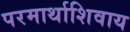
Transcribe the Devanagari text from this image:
परमार्थाशिवाय